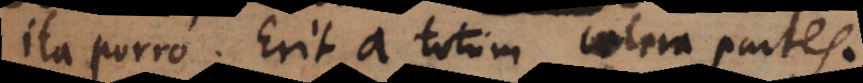
ita porro. Erit a totum caetera partes.